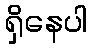
ရှိနေပါ